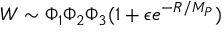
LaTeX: W \sim \Phi _ { 1 } \Phi _ { 2 } \Phi _ { 3 } ( 1 + \epsilon e ^ { - R / M _ { P } } )